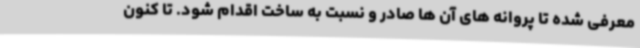
معرفی شده تا پروانه های آن ها صادر و نسبت به ساخت اقدام شود. تا کنون